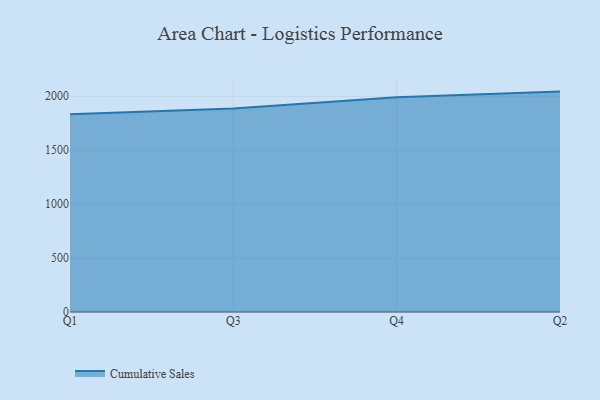
{"axis": {"x": "Quarter", "y": "Budget (USD K)"}, "legend": ["Cumulative Sales"], "data": [{"x": "Q1", "y": 1834.5, "type": "Cumulative Sales"}, {"x": "Q3", "y": 1886.9, "type": "Cumulative Sales"}, {"x": "Q4", "y": 1992.1, "type": "Cumulative Sales"}, {"x": "Q2", "y": 2043.5, "type": "Cumulative Sales"}]}